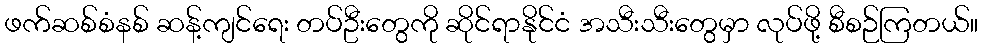
ဖက်ဆစ်စံနစ် ဆန့်ကျင်ရေး တပ်ဦးတွေကို ဆိုင်ရာနိုင်ငံ အသီးသီးတွေမှာ လုပ်ဖို့ စီစဉ်ကြတယ်။